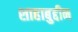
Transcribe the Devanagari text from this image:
शाहाबुद्दीन